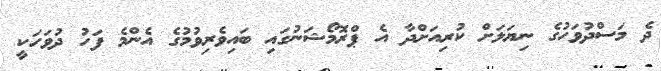
ދެ މަސްދުވަހުގެ ނިޔަލަށް ކުރިއަށްދާ އެ ޕްރޮމޯޝަނުގައި ބައިވެރިވުމުގެ އެންމެ ފަހު ދުވަހަކީ